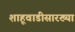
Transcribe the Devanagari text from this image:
शाहूवाडीसारख्या